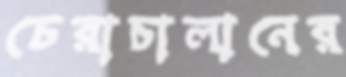
চেরাচালানের